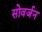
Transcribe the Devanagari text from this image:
सोवर्जन